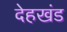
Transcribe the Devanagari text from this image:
देहखंड